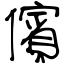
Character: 儐